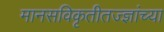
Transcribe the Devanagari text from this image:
मानसविकृतीतज्ज्ञांच्या